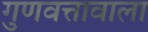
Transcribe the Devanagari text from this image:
गुणवत्तावाला